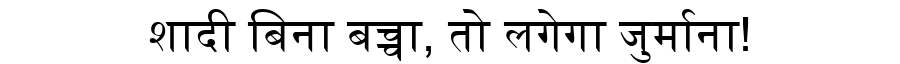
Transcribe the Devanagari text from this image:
शादी बिना बच्चा, तो लगेगा जुर्माना!